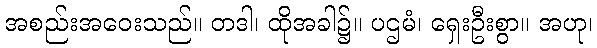
အစည်းအဝေးသည်။ တဒါ၊ ထိုအခါ၌။ ပဌမံ၊ ရှေးဦးစွာ။ အဟု၊